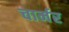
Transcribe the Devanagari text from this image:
चार्मर